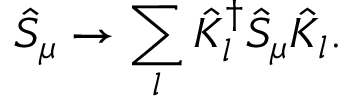
\hat { S } _ { \mu } \to \sum _ { l } \hat { K } _ { l } ^ { \dagger } \hat { S } _ { \mu } \hat { K } _ { l } .